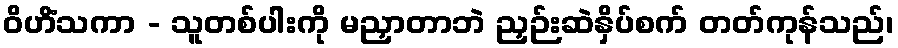
ဝိဟိံသကာ - သူတစ်ပါးကို မညှာတာဘဲ ညှဉ်းဆဲနှိပ်စက် တတ်ကုန်သည်၊